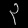
Digit: ၃